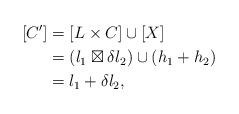
LaTeX: \begin{align*}[C'] &= [L \times C] \cup [X]\\ &= (l_1 \boxtimes \delta l_2) \cup (h_1 + h_2) \\ &= l_1 + \delta l_2,\end{align*}